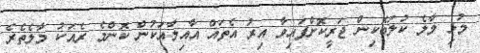
މުޅި މާލެ ކުލަބޮކިން ޖަރީކޮށްފައިވާ އިރު އެތައް އާއިލާއަކުން ކޮންމެ ރެއަކު މާލެތެރެ